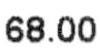
68.00